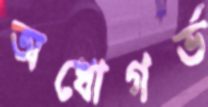
অধোগর্ভ